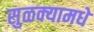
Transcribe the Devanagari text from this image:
सुळक्यामधे